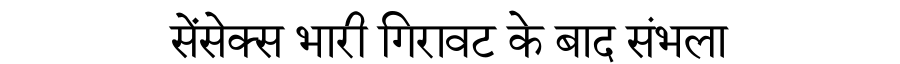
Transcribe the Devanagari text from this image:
सेंसेक्स भारी गिरावट के बाद संभला